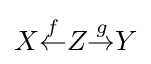
X{\overset {f}{\leftarrow }}Z{\overset {g}{\rightarrow }}Y